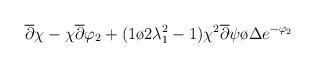
LaTeX: \begin{align*}\overline{\partial }\chi -\chi \overline{\partial }\varphi _{2}+({1\o {2\lambda_1^2}}-1){{\chi ^{2}\overline{\partial }\psi }\o \Delta } e^{-\varphi _{2}}\end{align*}